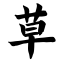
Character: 草